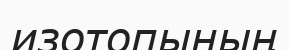
изотопының